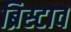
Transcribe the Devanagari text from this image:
ब्रिस्टाव